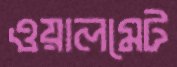
ওয়ালমেট